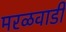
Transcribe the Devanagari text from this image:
मरळवाडी